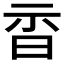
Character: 𣆇